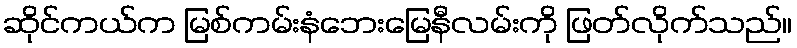
ဆိုင်ကယ်က မြစ်ကမ်းနံဘေးမြေနီလမ်းကို ဖြတ်လိုက်သည်။